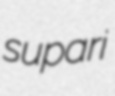
supari